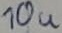
Text: 10u